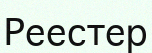
Реестер